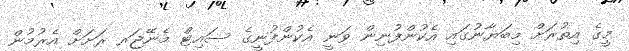
މީގެ އިތުރަށް މިބަޔާނުގައި އެކުންފުނިން ވަނީ އެކުންފުނީގެ ސައިޓް މެނޭޖަރ ރަށަށް އެރުމުން